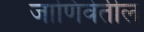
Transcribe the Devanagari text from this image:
जाणिवेतील